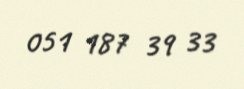
051 187 39 33